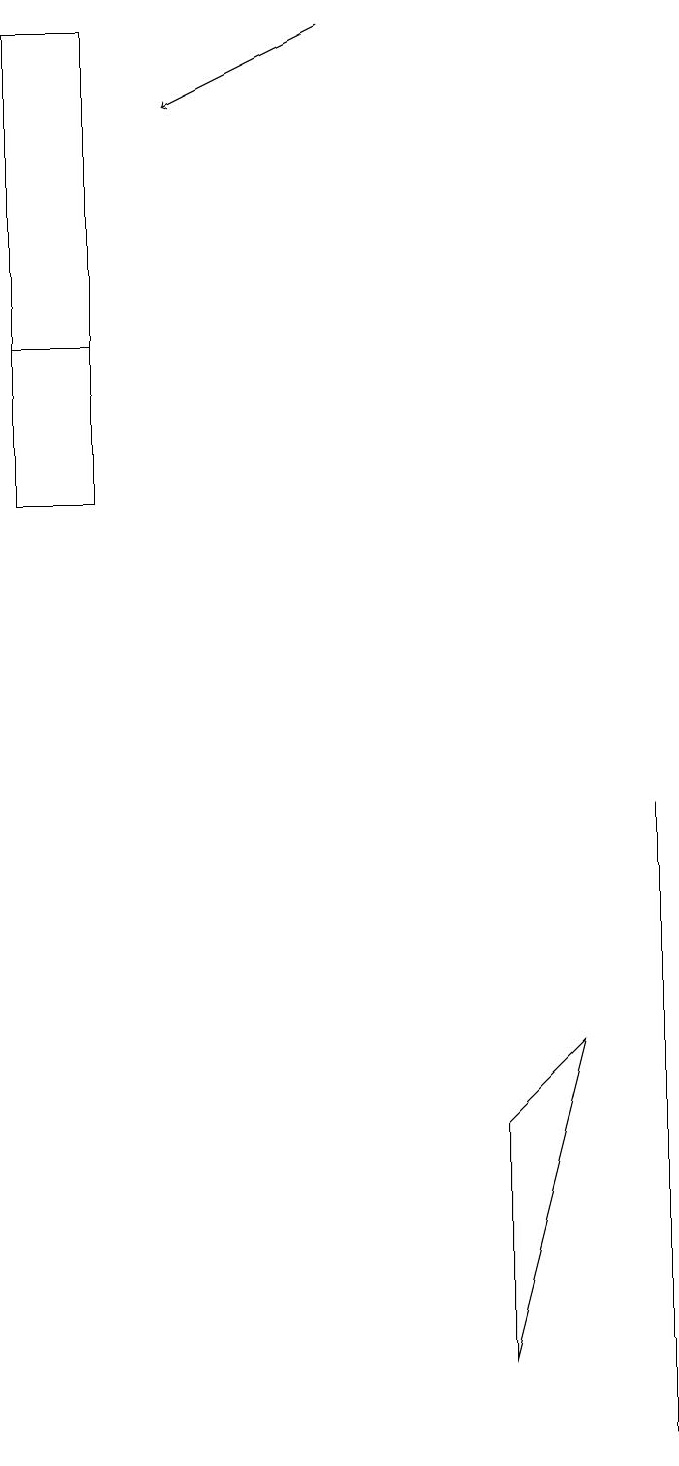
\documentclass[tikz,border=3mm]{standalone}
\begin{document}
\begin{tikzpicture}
\draw[->] (4,18) -- (2,17);
\draw (1,18) rectangle (0,12);
\draw (6,4) -- (6,1) -- (7,5) -- cycle;
\draw (8,0) -- (8,8) -- (8,6) -- cycle;
\draw (1,18) rectangle (0,14);
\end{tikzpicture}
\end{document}